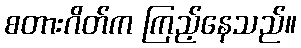
စတားဂိတ်က ကြည့်နေသည်။